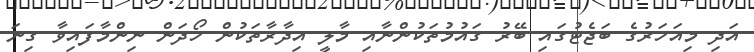
އަދި މިއަހަރުގެ ބަޖެޓުގައި ބޭރު ގައުމުތަކުންނާއި މާލީ އިދާރާތަކުން ހޯދަން ނިންމާފައިވާ ގިނަ